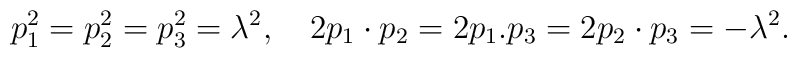
p_1^2  = p_2^2  = p_3^2  = \lambda ^2,\quad2p_1  \cdot p_2  = 2p_1 .p_3  = 2p_2  \cdot p_3  =  - \lambda ^2.